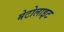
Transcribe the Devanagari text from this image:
मेटोलाइट